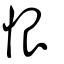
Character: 恨